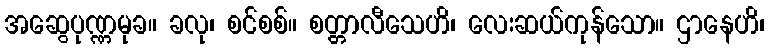
အဆွေပုဏ္ဏမုခ။ ခလု၊ စင်စစ်။ စတ္တာလီသေဟိ၊ လေးဆယ်ကုန်သော။ ဌာနေဟိ၊